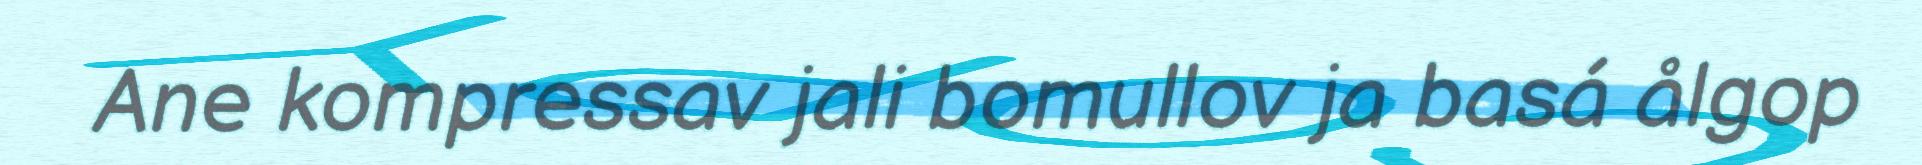
Ane kompressav jali bomullov ja basá ålgop